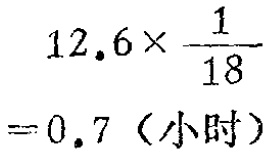
\[

\begin{align*}

12.6\times\frac{1}{18}&\\

= 0.7 \text{（小时）}

\end{align*}

\]